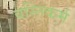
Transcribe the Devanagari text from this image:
वस्तिकर्म